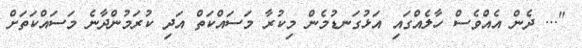
"... ދެން އެއްވެސް ހާލެއްގައި އަޅުގަނޑުމެން މިކުރާ މަސައްކަތް އަދި ކުރަމުންދާނެ މަސައްކަތަށް